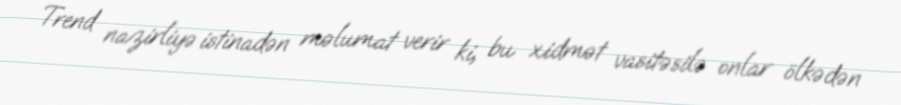
Trend nazirliyə istinadən məlumat verir ki, bu xidmət vasitəsilə onlar ölkədən